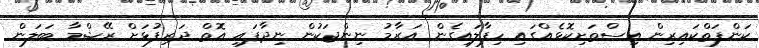
ކަންފަތްކައިރިން އިސްތަށިކޮޅެއްގައި ހިފާލައިގެން އަރާމު ނިންޖަކުން ނިދާފައި އޮތް ދަރިފުޅަށް ރޭޝްމާ ބަލަން